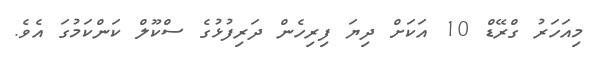
މިއަހަރު ގްރޭޑް 10 އަކަށް ދިޔަ ފިރިހެން ދަރިފުޅުގެ ސްކޫލް ކަންކަމުގަ އެވެ.